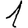
Digit: 1